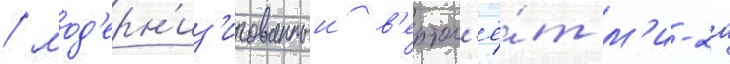
/ мод'ерн'из'ированныи в'ертол'ё́т м'и-2а